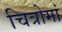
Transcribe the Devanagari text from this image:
चित्रोमां